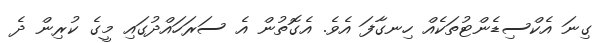
ގިނަ އެކްސިޑެންޓުތަކެއް ހިނގާފަ އެވެ. އެގޮތުން އެ ސަރަހައްދުގައި މީގެ ކުރިން ދެ